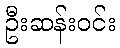
ဦးဆန်းဝင်း